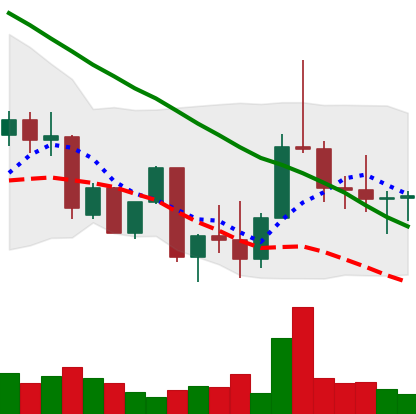
Ticker: DOGE-USD
Chart end date: 2022-09-29
Forward return: 8.619%
Label: up_7plus